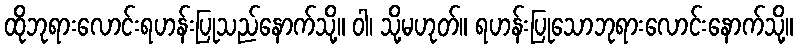
ထိုဘုရားလောင်းရဟန်းပြုသည်နောက်သို့။ ဝါ၊ သို့မဟုတ်။ ရဟန်းပြုသောဘုရားလောင်းနောက်သို့။